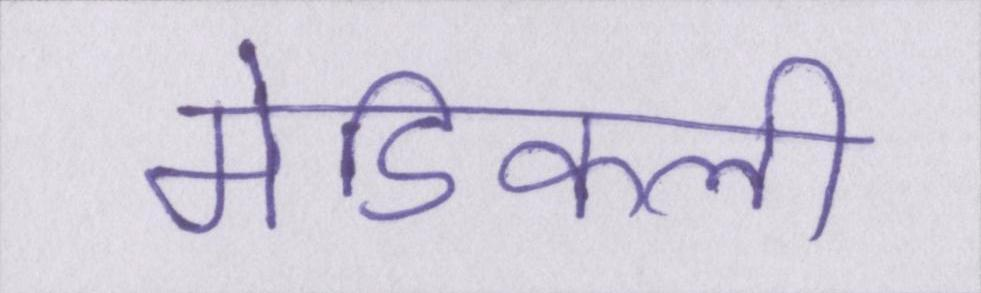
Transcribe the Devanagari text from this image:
मेडिकली